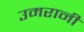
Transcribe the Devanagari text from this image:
उमरानी